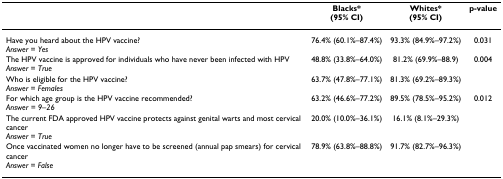
|  | Blacks*(95% CI) | Whites*(95% CI) | p-value |
 | --- | --- | --- | --- |
 | Have you heard about the HPV vaccine?Answer = Yes | 76.4% (60.1%–87.4%) | 93.3% (84.9%–97.2%) | 0.031 |
 | The HPV vaccine is approved for individuals who have never been infected with HPVAnswer = True | 48.8% (33.8%–64.0%) | 81.2% (69.9%–88.9) | 0.004 |
 | Who is eligible for the HPV vaccine?Answer = Females | 63.7% (47.8%–77.1%) | 81.3% (69.2%–89.3%) |  |
 | For which age group is the HPV vaccine recommended?Answer = 9–26 | 63.2% (46.6%–77.2%) | 89.5% (78.5%–95.2%) | 0.012 |
 | The current FDA approved HPV vaccine protects against genital warts and most cervical cancerAnswer = True | 20.0% (10.0%–36.1%) | 16.1% (8.1%–29.3%) |  |
 | Once vaccinated women no longer have to be screened (annual pap smears) for cervical cancerAnswer = False | 78.9% (63.8%–88.8%) | 91.7% (82.7%–96.3%) |  |